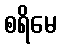
စရိမေ